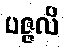
ပဇ္ဇလိ